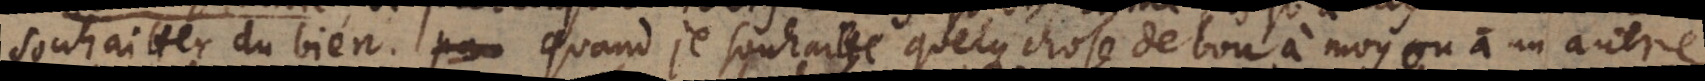
souhaitter du bien. Quand je souhaitte quelque chose de bon à moy ou à un autre,